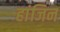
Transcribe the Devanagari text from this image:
हांजिन